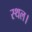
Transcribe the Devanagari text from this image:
स्‍थल।